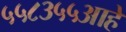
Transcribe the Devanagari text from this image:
५५८३५५आहे